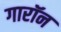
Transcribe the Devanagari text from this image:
गारॉन